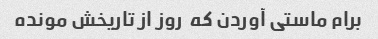
برام ماستی آوردن که  روز از تاریخش مونده